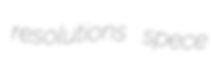
resolutions spece